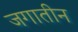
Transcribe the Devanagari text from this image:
जगातीन